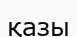
қазы